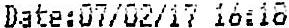
DATE:07/02/17 16:18